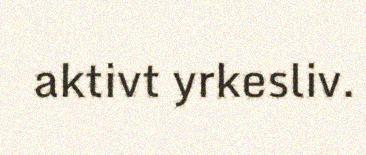
aktivt yrkesliv.